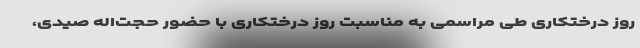
روز درختکاری طی مراسمی به مناسبت روز درختکاری با حضور حجت‌اله صیدی،